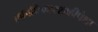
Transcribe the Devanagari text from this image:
एकाधिकारशाहीपेक्षा